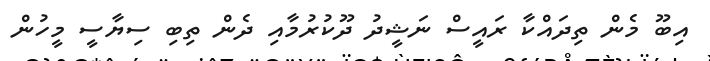
އިބޫ މެން ތިދައްކާ ރައީސް ނަޝީދު ދޫކުރުމާއި ދެން ތިބި ސިޔާސީ މީހުން